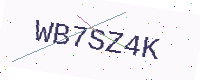
Text: WB7SZ4K